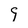
Character: 9